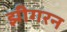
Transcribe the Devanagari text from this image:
झीगरन